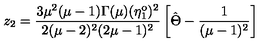
z _ { 2 } = \frac { 3 \mu ^ { 2 } ( \mu - 1 ) \Gamma ( \mu ) ( \eta _ { 1 } ^ { \mathrm { o } } ) ^ { 2 } } { 2 ( \mu - 2 ) ^ { 2 } ( 2 \mu - 1 ) ^ { 2 } } \left[ \hat { \Theta } - \frac { 1 } { ( \mu - 1 ) ^ { 2 } } \right]